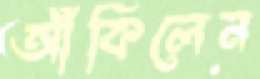
আঁকিলেন